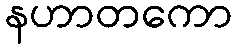
နဟာတကော